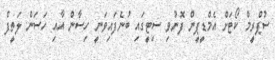
ސުޕްރީމް ކޯޓަށް އެމްޑީޕީން ފޮނުވި ސިޓީގައި ބުނެފައިވަނީ ހިސާން އާއި ހަސަން ލަތީފް